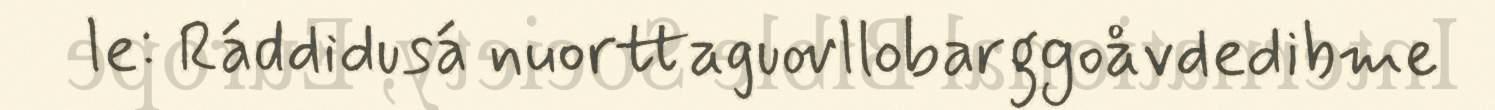
le: Ráddidusá nuorttaguovllobarggoåvdedibme